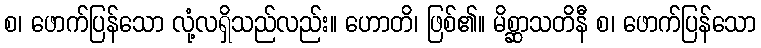
စ၊ ဖောက်ပြန်သော လုံ့လရှိသည်လည်း။ ဟောတိ၊ ဖြစ်၏။ မိစ္ဆာသတိနီ စ၊ ဖောက်ပြန်သော